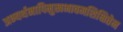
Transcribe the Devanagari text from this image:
अभ्यर्थनापिमुखभावमशिक्षितेन